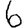
Digit: 6